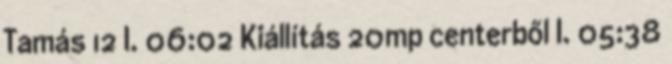
Tamás 12 I. 06:02 Kiállítás 20mp centerből I. 05:38